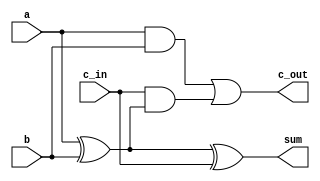
module full_adder (
    input wire a,       // First input bit
    input wire b,       // Second input bit
    input wire c_in,    // Carry input
    output wire sum,    // Sum output
    output wire c_out    // Carry output
);
    assign sum = a ^ b ^ c_in;      // Sum calculation
    assign c_out = (a & b) | (c_in & (a ^ b)); // Carry calculation
endmodule